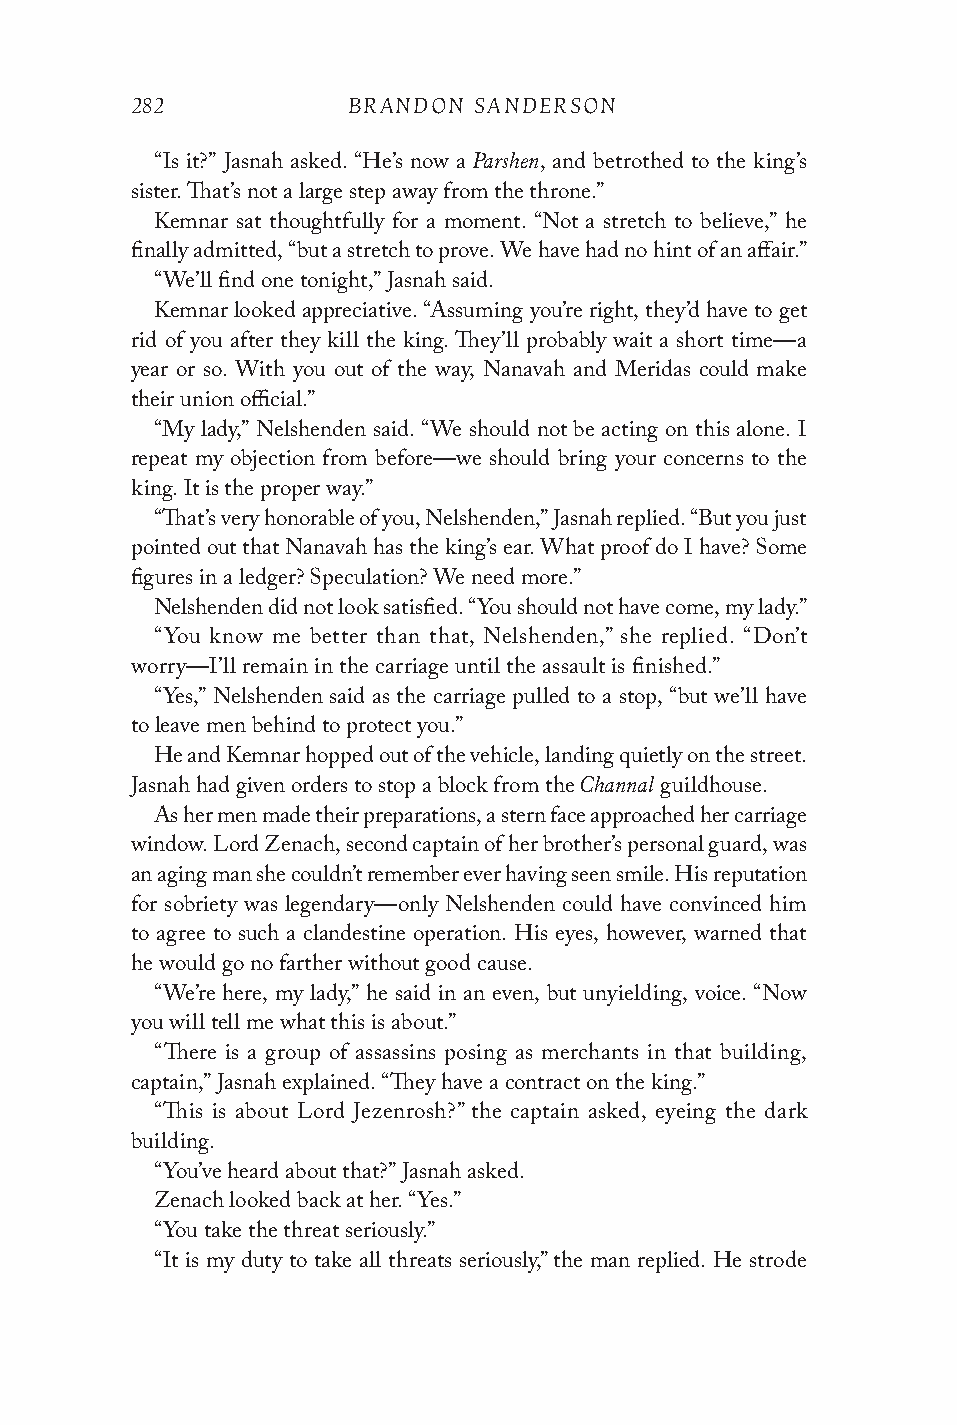
282           BRANDON SANDERSON
 Parshen
 “Is it?” Jasnah asked. “He’s now a , and betrothed to the king’s
 sister. That’s not a large step away from the throne.”
 Kemnar sat thoughtfully for a moment. “Not a stretch to believe,” he
 finally admitted, “but a stretch to prove. We have had no hint of an affair.”
 “We’ll find one tonight,” Jasnah said.
 Kemnar looked appreciative. “Assuming you’re right, they’d have to get
 rid of you after they kill the king. They’ll probably wait a short time—a
 year or so. With you out of the way, Nanavah and Meridas could make
 their union official.”
 “My lady,” Nelshenden said. “We should not be acting on this alone. I
 repeat my objection from before—we should bring your concerns to the
 king. It is the proper way.”
 “That’s very honorable of you, Nelshenden,” Jasnah replied. “But you just
 pointed out that Nanavah has the king’s ear. What proof do I have? Some
 figures in a ledger? Speculation? We need more.”
 Nelshenden did not look satisfied. “You should not have come, my lady.”
 “You know me better than that, Nelshenden,” she replied. “Don’t
 worry—I’ll remain in the carriage until the assault is finished.”
 “Yes,” Nelshenden said as the carriage pulled to a stop, “but we’ll have
 to leave men behind to protect you.”
 He and Kemnar hopped out of the vehicle, landing quietly on the street.
 Channal
 Jasnah had given orders to stop a block from the guildhouse.
 As her men made their preparations, a stern face approached her carriage
 window. Lord Zenach, second captain of her brother’s personal guard, was
 an aging man she couldn’t remember ever having seen smile. His reputation
 for sobriety was legendary—only Nelshenden could have convinced him
 to agree to such a clandestine operation. His eyes, however, warned that
 he would go no farther without good cause.
 “We’re here, my lady,” he said in an even, but unyielding, voice. “Now
 you will tell me what this is about.”
 “There is a group of assassins posing as merchants in that building,
 captain,” Jasnah explained. “They have a contract on the king.”
 “This is about Lord Jezenrosh?” the captain asked, eyeing the dark
 building.
 “You’ve heard about that?” Jasnah asked.
 Zenach looked back at her. “Yes.”
 “You take the threat seriously.”
 “It is my duty to take all threats seriously,” the man replied. He strode